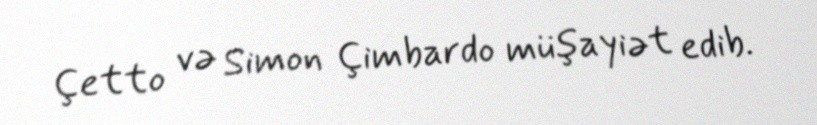
Çetto və Simon Çimbardo müşayiət edib.